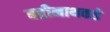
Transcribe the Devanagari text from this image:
बद्रीनाथकडे